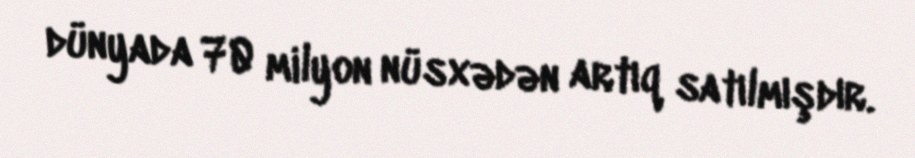
dünyada 70 milyon nüsxədən artıq satılmışdır.